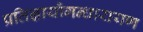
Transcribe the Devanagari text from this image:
प्रतिज्ञायौगन्धारायण